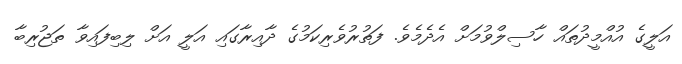
އަލީގެ އުއްމީދުތައް ހާސިލްވުމަށް އެދެމެވެ. ފަތުރުވެރިކަމުގެ ދާއިރާގައި އަލީ އަށް ލިބިފައިވާ ތަޖުރިބާ